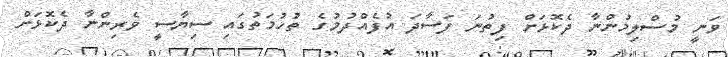
ވަނީ މުސްލިމުންނާ ދެކޮޅަށް ފިތުނަ ފަސާދަ އުފެއްދުމުގެ ތުހުމަތުގައި ސިޔާސީ ވެރިންނާ ދެކޮޅަށް